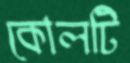
কোলটি